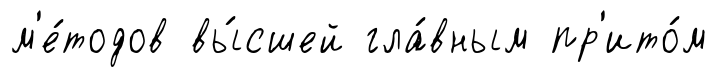
м'е́тодов вы́сшей гла́вным пр'ито́м